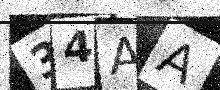
Text: 34AA